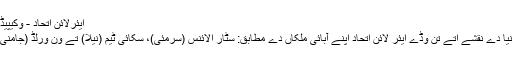
ایئرلائن اتحاد - وکیپیڈیا
دنیا دے نقشے اُتے تن وڈے ایئر لائن اتحاد اپنے آبائی ملکاں دے مطابق: سٹار الائنس (سرمئی)، سکائی ٹیم (نیلا) تے ون ورلڈ (جامنی)۔